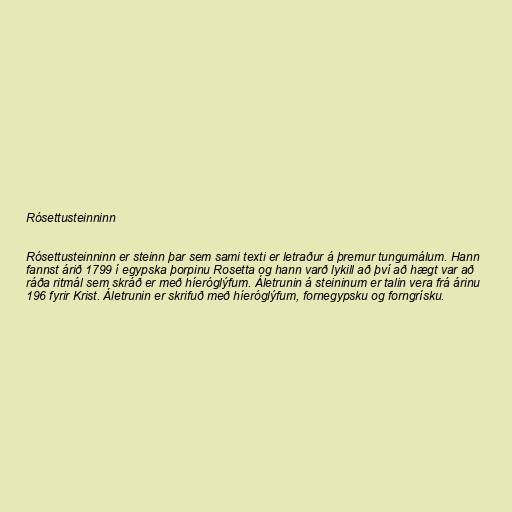
Rósettusteinninn

Rósettusteinninn er steinn þar sem sami texti er letraður á þremur tungumálum. Hann
fannst árið 1799 í egypska þorpinu Rosetta og hann varð lykill að því að hægt var að
ráða ritmál sem skráð er með híeróglýfum. Áletrunin á steininum er talin vera frá árinu
196 fyrir Krist. Áletrunin er skrifuð með híeróglýfum, fornegypsku og forngrísku.